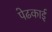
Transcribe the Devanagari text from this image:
पेढकाई